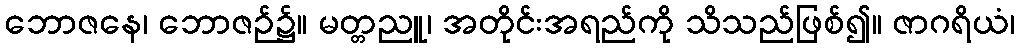
ဘောဇနေ၊ ဘောဇဉ်၌။ မတ္တညူ၊ အတိုင်းအရည်ကို သိသည်ဖြစ်၍။ ဇာဂရိယံ၊